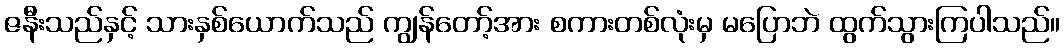
ဇနီးသည်နှင့် သားနှစ်ယောက်သည် ကျွန်တော့်အား စကားတစ်လုံးမှ မပြောဘဲ ထွက်သွားကြပါသည်။